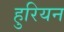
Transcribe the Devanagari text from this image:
हुरियन